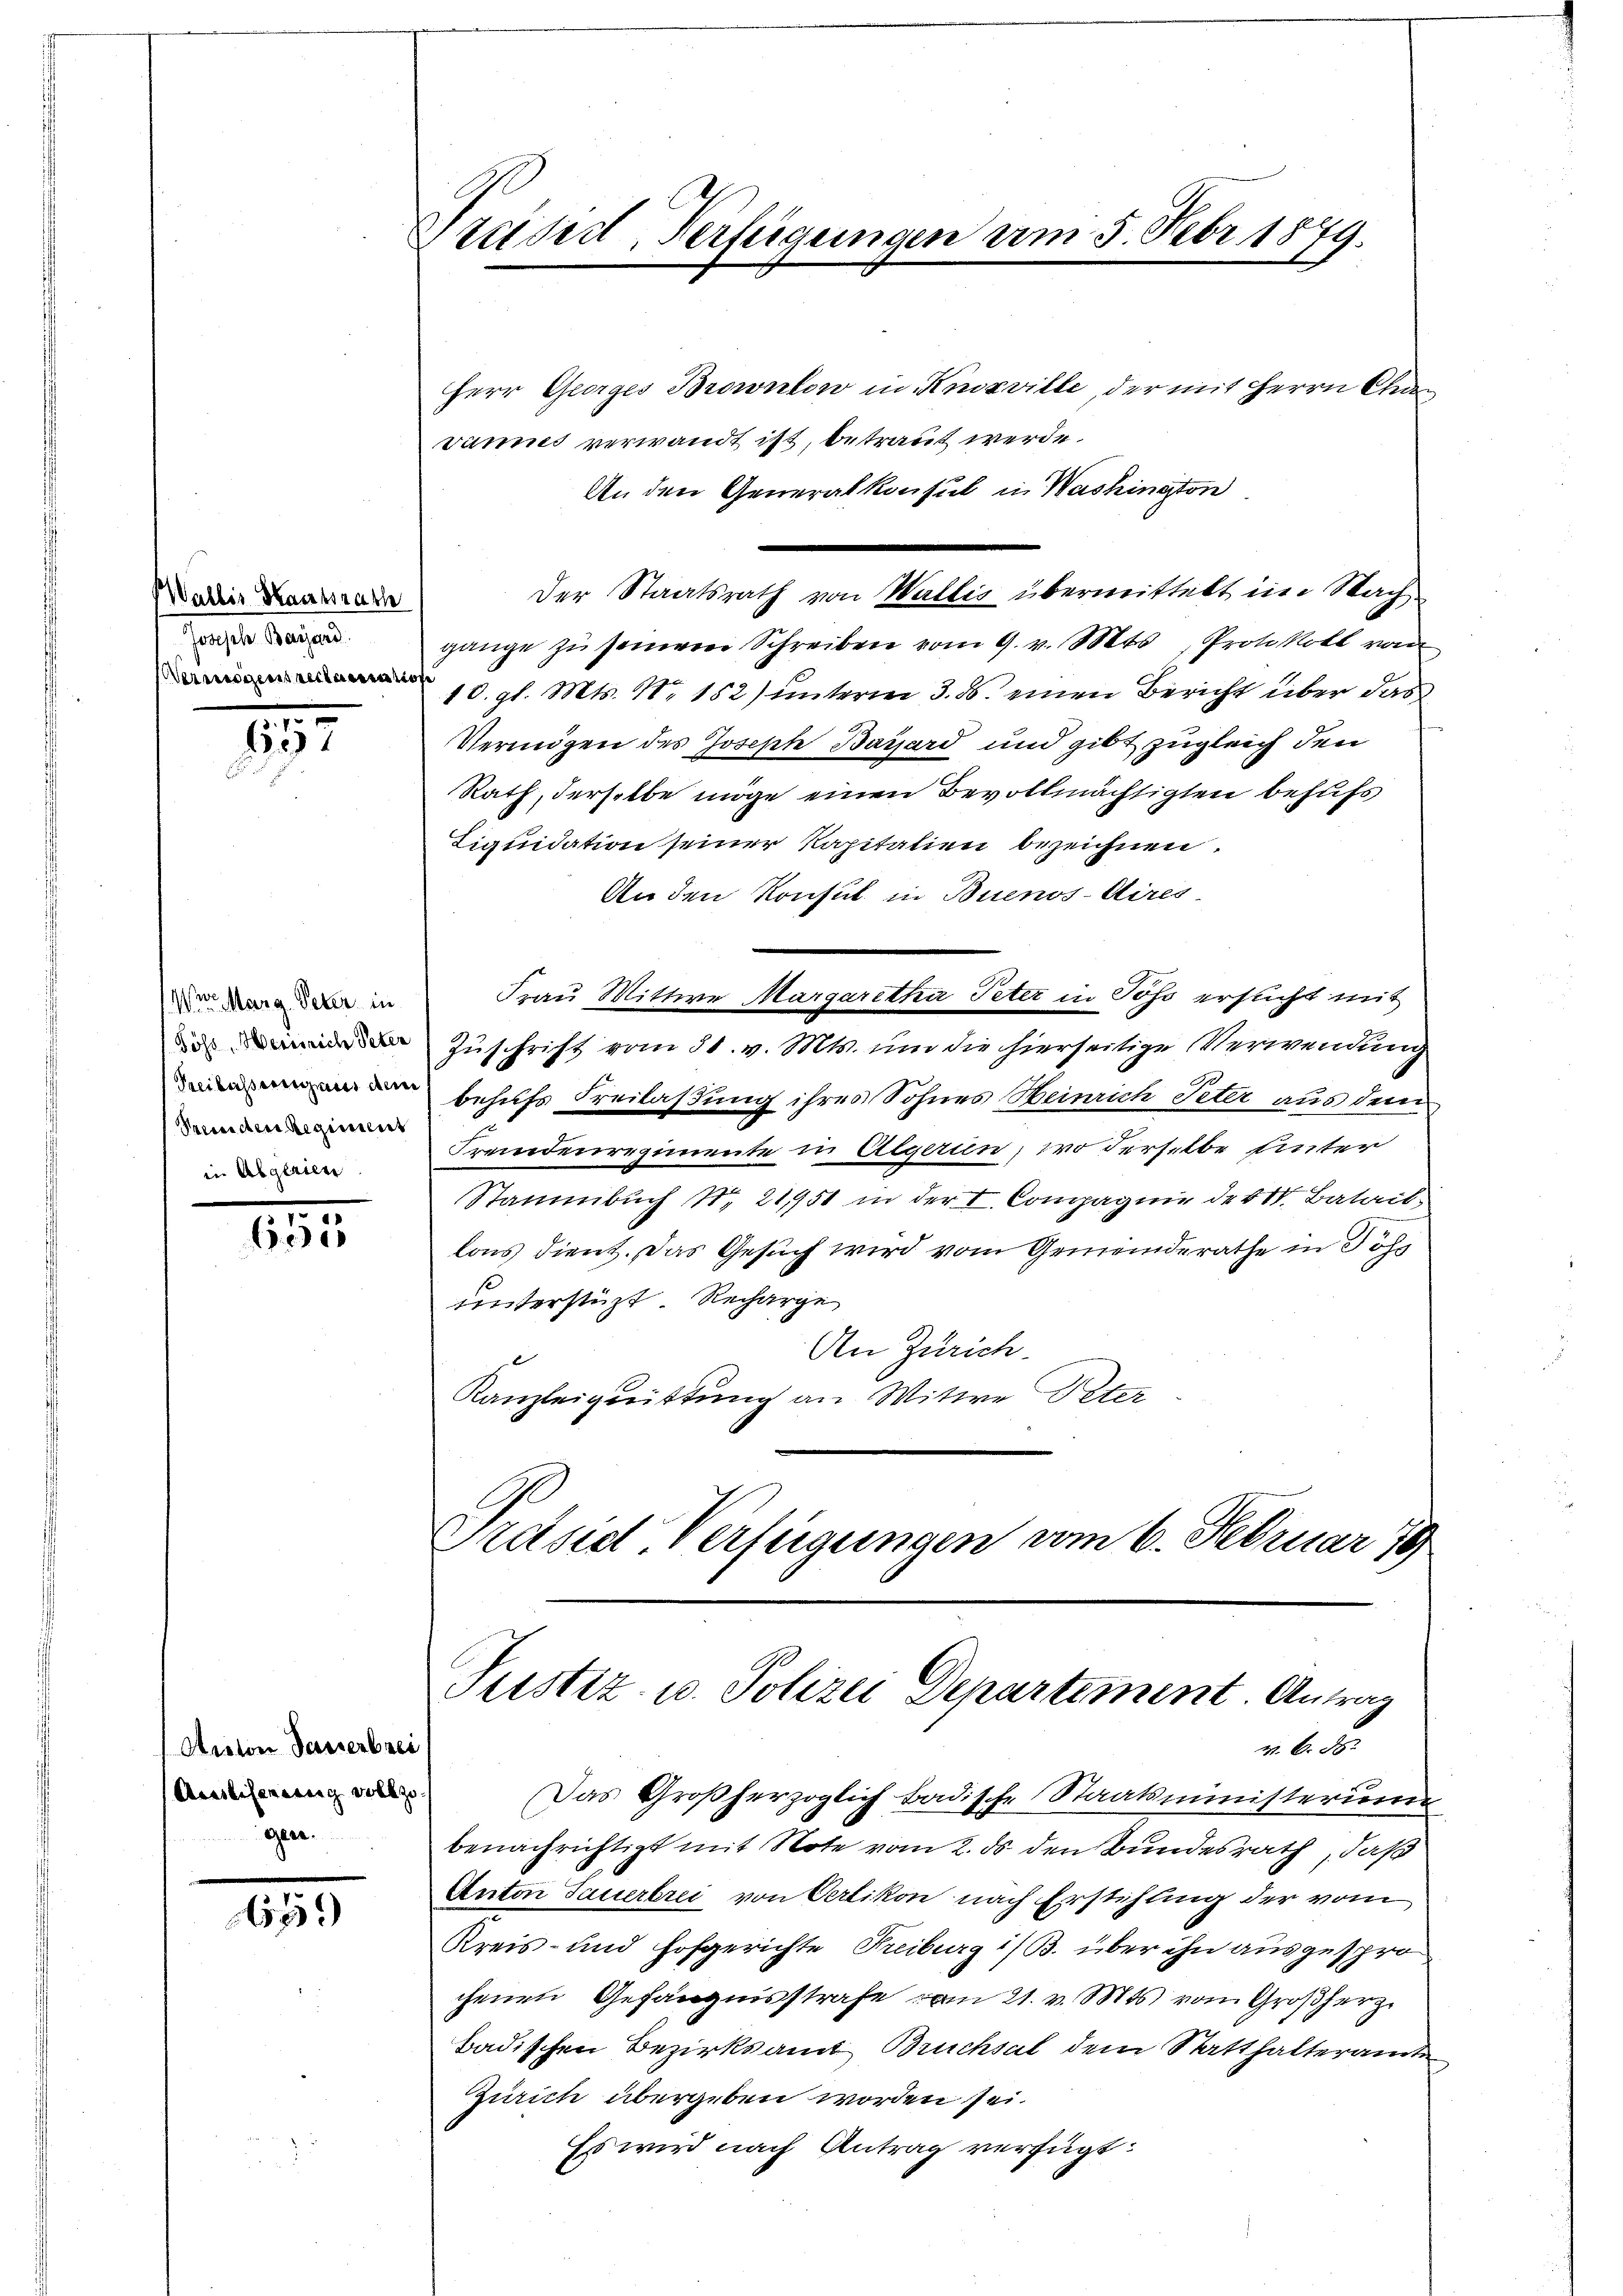
Wallis Staatsrath
Joseph Bayard.
Verweigens reclassen noc

10
607

Were Marg. Peter in
Penden Regiment
in Abgerien

655

Acalon dasserbrei
Ausliterung vollzo
ge

659)

Tradid, Verfügungen am 5. Febr 1879.

Herr Georges Brownlow in Knosville, der mit Herrn Chan
Jannes verwandt ist, betraut werde.
An den Generalkonsul in Washington
gänge zŭ seinem Schreiben vom 9. v. Mts., Protokoll von
10. gl. Mts. No 152) unterm 3. ds. einen Bericht über das
Vermögen des Joseph Bayard und gibt zugleich den
Rath, derselbe möge einen Bevollmächtigten behufs
Liquidation seiner Kapitalien bezeichnen.
An den Konsul in Buenos-Aires.
Frau Mittwe Margaretha Peter in Poss ersucht mit
das Zuschrift vom 31. v. Mts. um die hierseitige Verwendung
 behufs Freilassung ihres Sohnes Heinrich Peter aus dem
Fremdenregimente in Algerin, wo derselbe unter
Stammbuch N. 21751 in der V. Compagnie der St. Batail
lons dient. Das Gesuch wird vom Gemeinderathe in Johs
unterstüzt. Recharge
An Zürich.
Kanzleigeittung an Witwe Peter
Präsid Verfügungen vom 6. Februar 79

Der Staatsrath von Wallis übermittelt im Nach¬

Tustiz- u. Polizei Departement. Antrag
v. 6. 8

Das Großherzoglich badische Staatsministerum
benachrichtigt mit Note vom 2. ds. den Bundesrath, daß
Anton Sauerbrei von Oerlikon nach Erstehling der vom
Kreis- und Hofgerichte Freiburg i/B. über ihn ausgespro
chenen Gefängnisstrafe vom 21. v. Mts. vom Großherz
Badischen Bezirksamt Bruchsal dem Statthalteramte
Zürich übergeben worden sei.
Es wird nach Antrag verfügt: